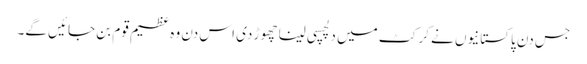
جس دن پاکستانیوں نے کرکٹ میں دلچسپی لینا چھوڑ دی اس دن وہ عظیم قوم بن جائیں گے۔